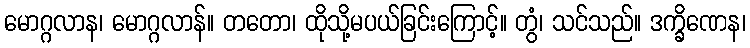
မောဂ္ဂလာန၊ မောဂ္ဂလာန်။ တတော၊ ထိုသို့မပယ်ခြင်းကြောင့်။ တွံ၊ သင်သည်။ ဒက္ခိဏေန၊